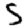
Digit: 5